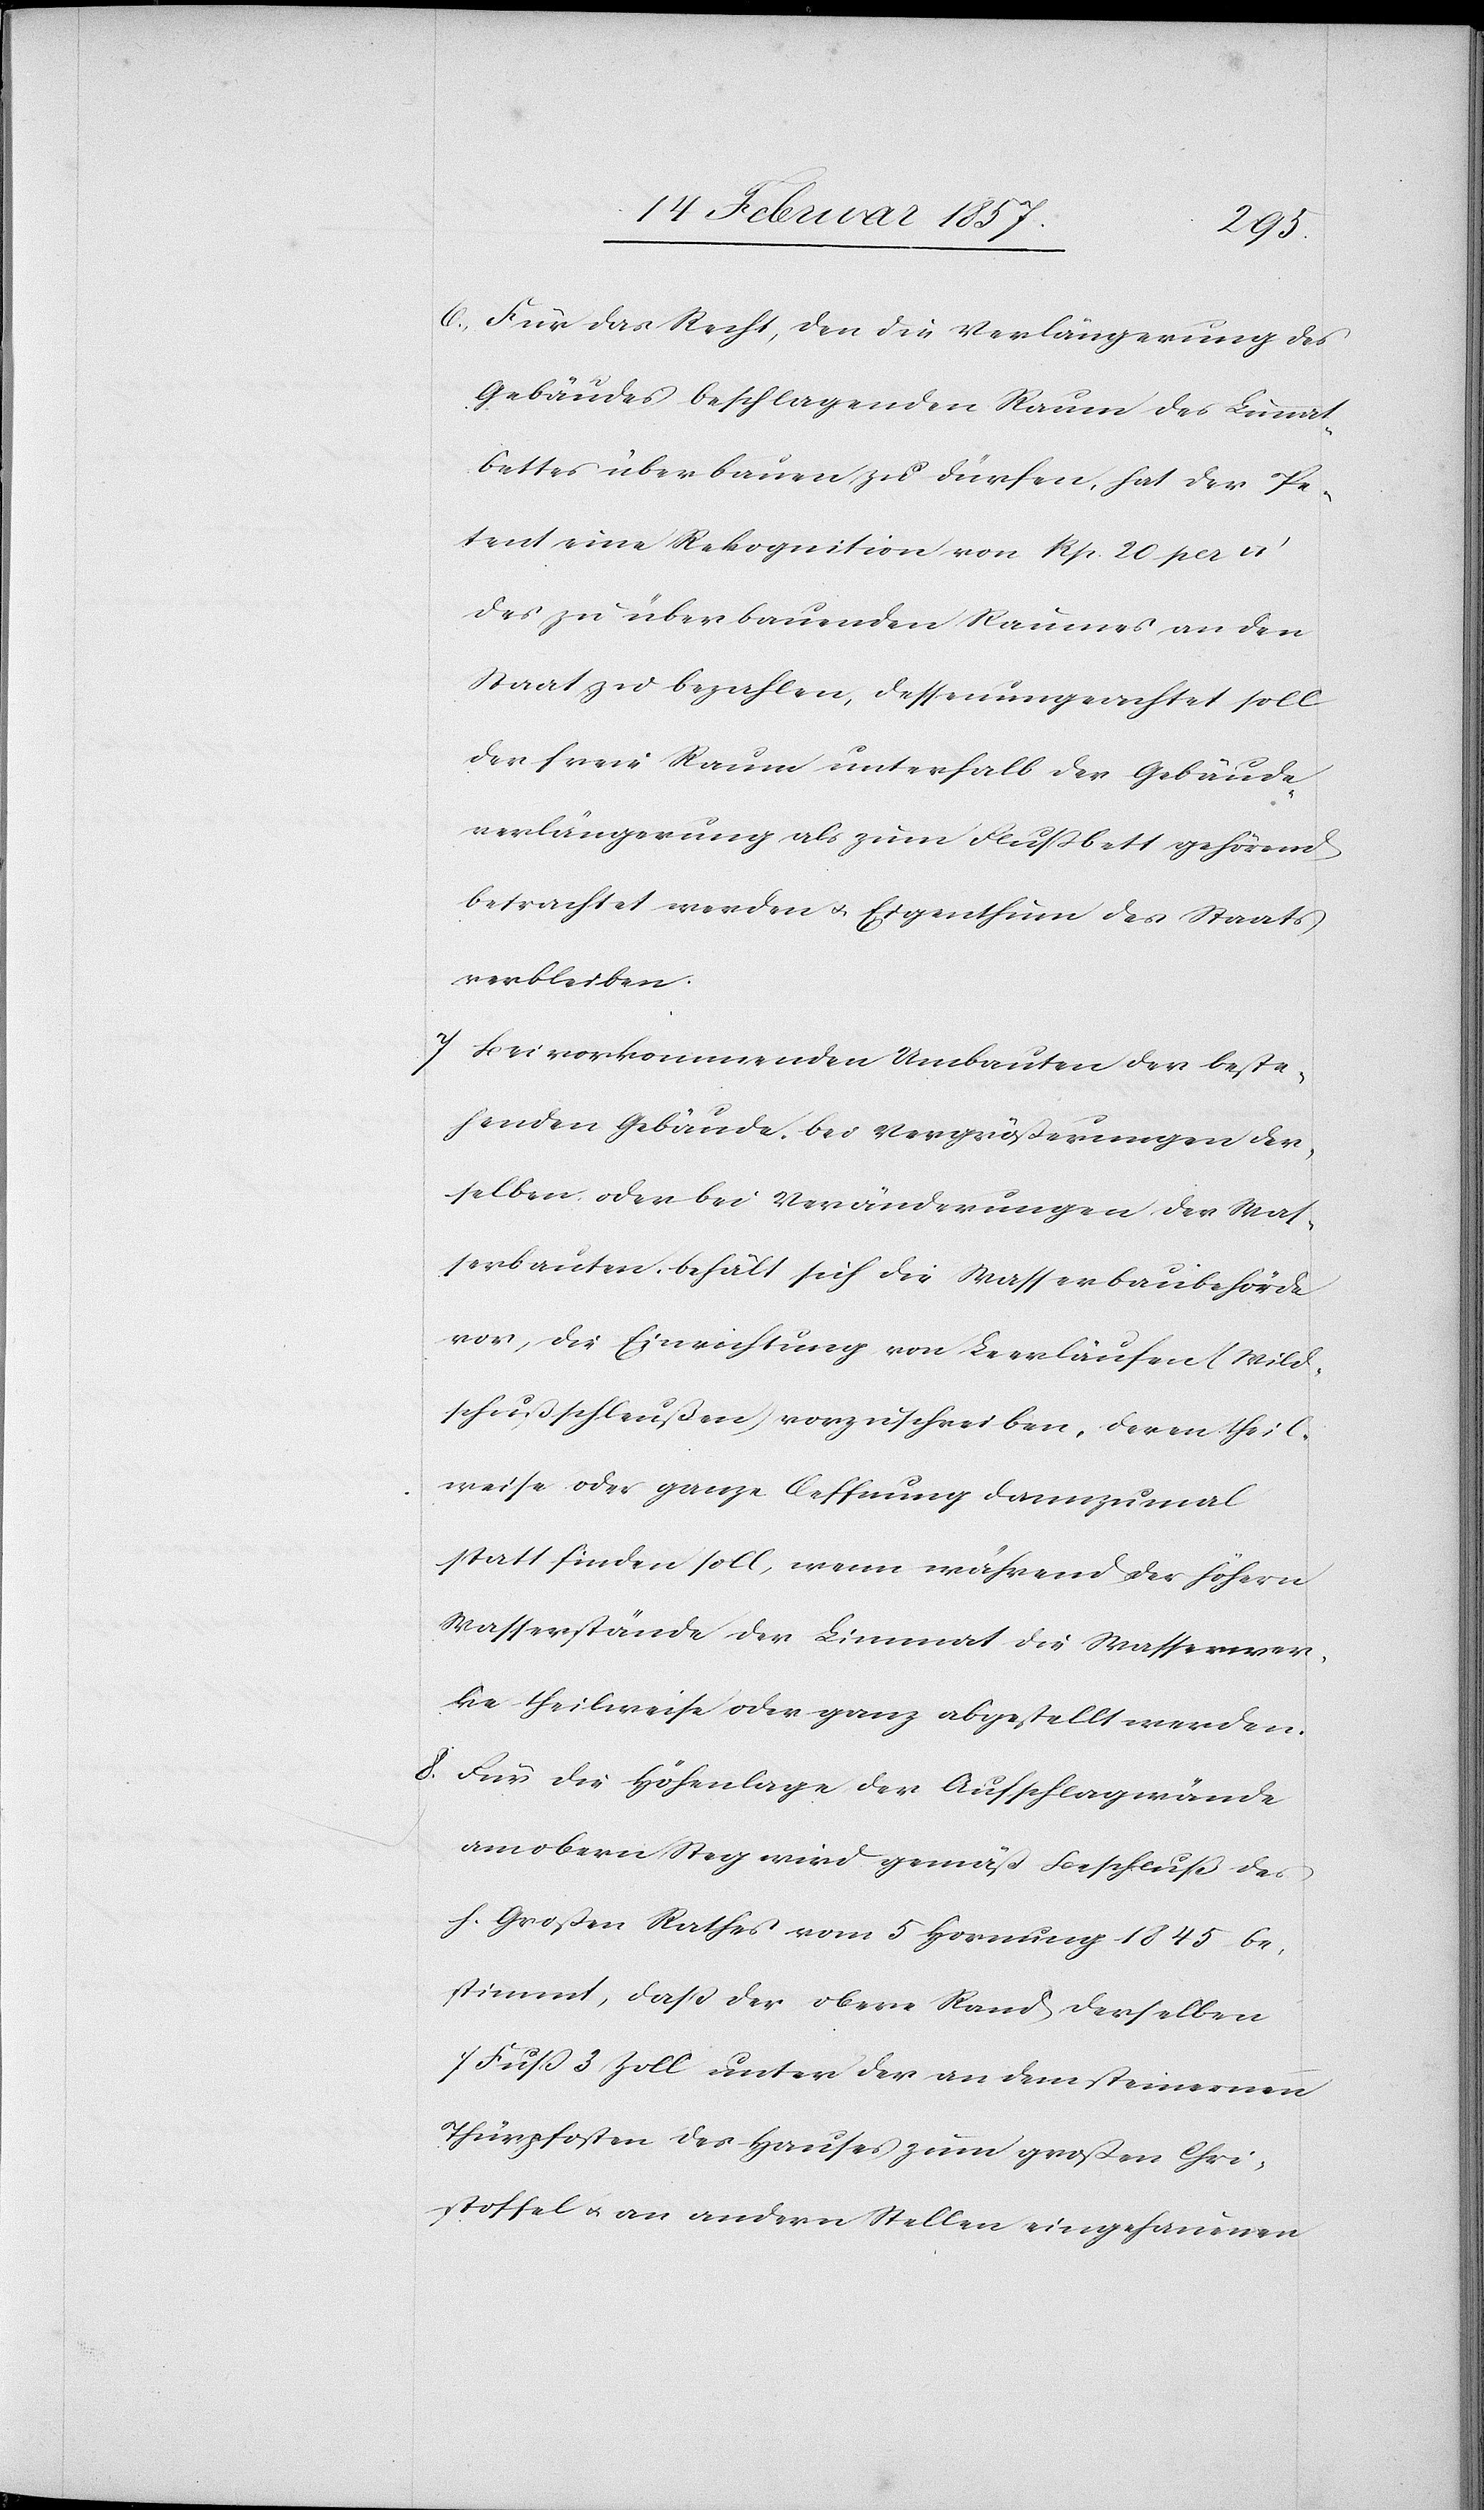
6. Für das Recht, den die Verlängerung des
Gebäudes beschlagenden Raum des Limmat¬
bettes überbauen zu dürfen, hat der Pe¬
tent eine Rekognition von Rp. 20 per
des zu überbauenden Raumes an den
Staat zu bezahlen, dessenungeachtet soll
der freie Raum unterhalb der Gebäude¬
verlängerung als zum Flußbett gehörend
betrachtet werden u. Eigenthum des Staats
verbleiben.
7. Bei vorkommenden Umbauten der beste¬
henden Gebäude, bei Vergrößerungen der¬
selben oder bei Veränderungen der Was¬
serbauten, behält sich die Wasserbaubehörde
vor, die Einrichtung von Leerläufen (Wild¬
schußschleußen) vorzuschreiben, deren theil¬
weise oder ganze Oeffnung dannzumal
statt finden soll, wenn während der höhern
Wasserstände der Limmat die Wasserwer¬
ke theilweise oder ganz abgestellt werden.
8. Für die Höhenlage der Aufschlagwände
am obern Steg wird gemäß Beschluß des
h. Großen Rathes vom 5 Hornung 1845 be¬
stimmt, daß der obere Rand derselben
7 Fuß 3 Zoll unter der an dem steinernen
Thürpfosten des Hauses zum großen Chri¬
stoffel u. an andern Stellen eingehauenen